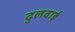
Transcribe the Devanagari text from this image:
ढुलवाई